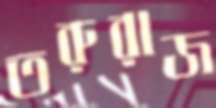
তরুরাজ